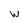
Character: w